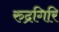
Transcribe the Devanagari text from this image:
रुद्रगिरि